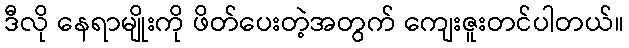
ဒီလို နေရာမျိုးကို ဖိတ်ပေးတဲ့အတွက် ကျေးဇူးတင်ပါတယ်။